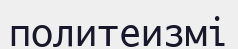
политеизмі